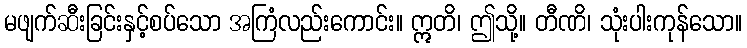
မဖျက်ဆီးခြင်းနှင့်စပ်သော အကြံလည်းကောင်း။ ဣတိ၊ ဤသို့။ တီဏိ၊ သုံးပါးကုန်သော။